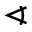
\sphericalangle